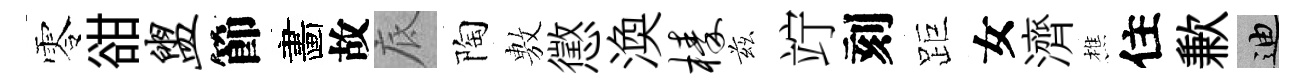
零𧮳盥節畵故底陶𢾾懲渙榛兹竚刻距女濟樵住歉迪